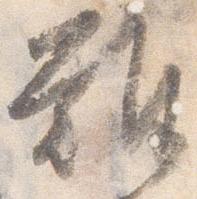
難